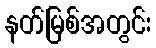
နတ်မြစ်အတွင်း